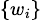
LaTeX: \scriptstyle\{ w_{i}\}